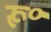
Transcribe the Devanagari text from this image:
रू॰